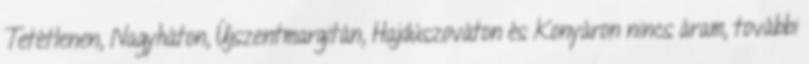
Tetétlenen, Nagyháton, Újszentmargitán, Hajdúszováton és Konyáron nincs áram, további